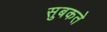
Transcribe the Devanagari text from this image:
सुबकते